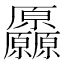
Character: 厵